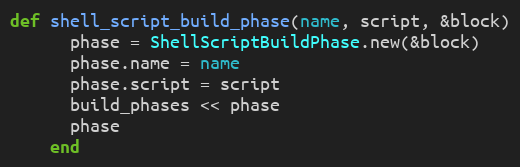
Language: Ruby
def shell_script_build_phase(name, script, &block)
      phase = ShellScriptBuildPhase.new(&block)
      phase.name = name
      phase.script = script
      build_phases << phase
      phase
    end